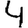
Digit: 4